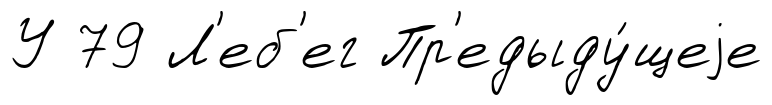
У 79 Л'еб'ег Пр'едыду́щеjе